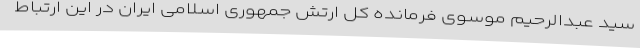
سید عبدالرحیم موسوی فرمانده کل ارتش جمهوری اسلامی ایران در این ارتباط